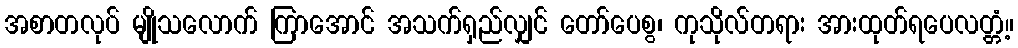
အစာတလုပ် မျိုသလောက် ကြာအောင် အသက်ရှည်လျှင် တော်ပေစွ၊ ကုသိုလ်တရား အားထုတ်ရပေလတ္တံ့။